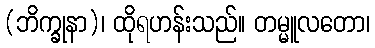
(ဘိက္ခုနာ)၊ ထိုရဟန်းသည်။ တမ္မူလတော၊